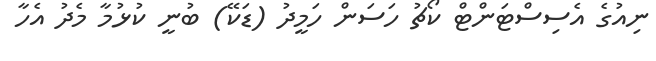
ނިއުގެ އެސިސްޓަންޓް ކޯޗު ހަސަން ހަމީދު (ޑަކޭ) ބުނީ ކުޅުމާ މެދު އެހާ